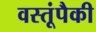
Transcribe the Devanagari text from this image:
वस्तूंपैकी